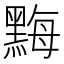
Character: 黣